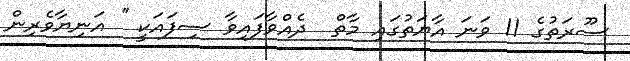
ސޫރަތުގެ 11 ވަނަ އާޔަތުގައި މާތް  ދެއްވާފައިވާ ސިފައަކީ '' އަނިޔާވެރިން